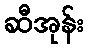
ဆီအုန်း